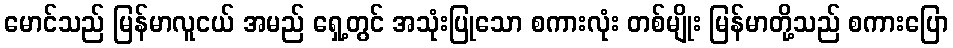
မောင်သည် မြန်မာလူငယ် အမည် ရှေ့တွင် အသုံးပြုသော စကားလုံး တစ်မျိုး မြန်မာတို့သည် စကားပြော